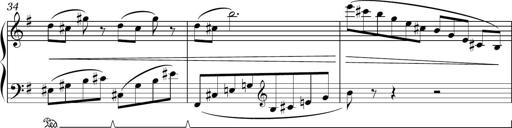
Title: Sonatina in E minor
Composer: Shuwen Zhang
Key: E minor